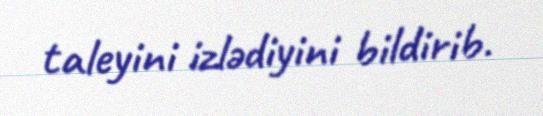
taleyini izlədiyini bildirib.